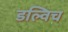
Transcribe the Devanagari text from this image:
डल्विच